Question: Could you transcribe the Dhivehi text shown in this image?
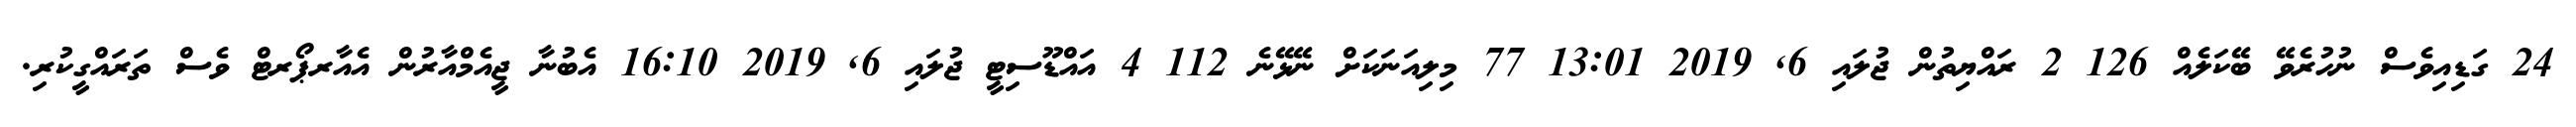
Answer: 24 ގަޑިއިވެސް ނުހުރެވޭ ބޭކަލެއް 126 2 ރައްޔިތުން ޖުލައި 6, 2019 13:01 77 މިލިއަނަކަށް ނޭޅޭނެ 112 4 އައްޑޫސިޓީ ޖުލައި 6, 2019 16:10 އެބުނާ ޖީއެމްއާރުން އެއާރޕޯރޓް ވެސް ތަރައްގީކުރި.